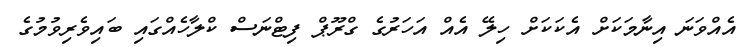
އެއްވަނަ އިނާމަކަށް އެކަކަށް ހިލޭ އެއް އަހަރުގެ ގްރޫޕް ފިޓްނަސް ކްލާހެއްގައި ބައިވެރިވުމުގެ